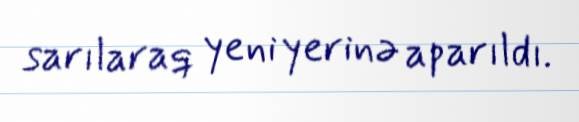
sarılaraq yeni yerinə aparıldı.